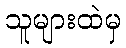
သူများထဲမှ